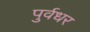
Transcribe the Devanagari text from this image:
पुर्वधर